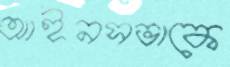
আইনসভাকে